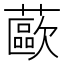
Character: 𰲊